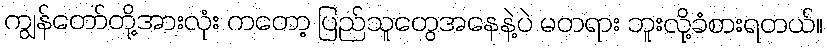
ကျွန်တော်တို့အားလုံး ကတော့ ပြည်သူတွေအနေနဲ့ပဲ မတရား ဘူးလို့ခံစားရတယ်။